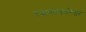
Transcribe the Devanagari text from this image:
रक्षणाकरिता